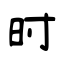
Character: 时